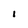
Character: I